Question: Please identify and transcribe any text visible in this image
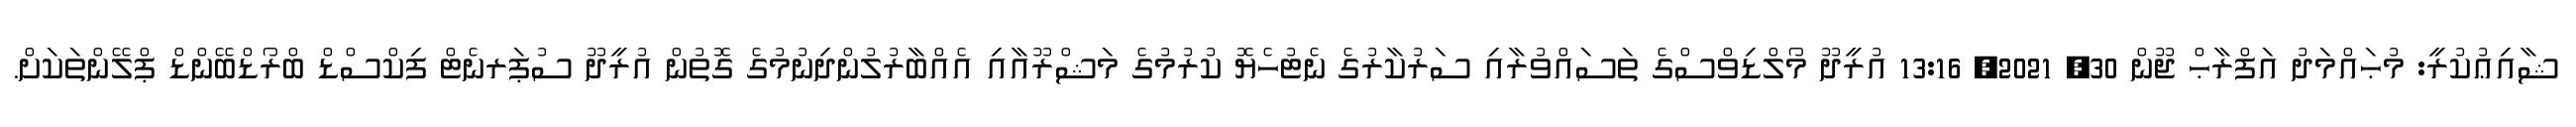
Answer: ޝާއިޢުކުރީ: މުޙައްމަދު އަފްރާޙް ޖޫން 30, 2021, 13:16 އުރީދޫ މޯލްޑިވްސްގެ ތަސައްވުރާއި ސަރުކާރުގެ ނެޓުހެޔޮ ކުރުމުގެ މަޝްރޫއާއި އެއްބާރުލުންދިނުމުގެ ގޮތުން އުރީދޫ ސުޕަރނެޓް ފިކްސްޑް ބްރޯޑްބޭންޑް ޕްލޭންތަކަށް.